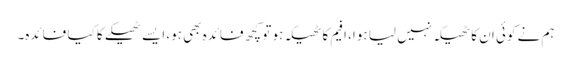
ہم نے کوئی ان کا ٹھیکہ نہیں لیا ہوا، افیم کا ٹھیکہ ہو تو کچھ فائدہ بھی ہو، ایسے ٹھیکے کا کیا فائدہ۔